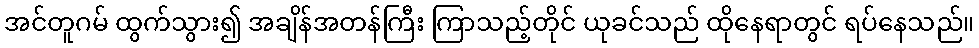
အင်တူဂမ် ထွက်သွား၍ အချိန်အတန်ကြီး ကြာသည့်တိုင် ယုခင်သည် ထိုနေရာတွင် ရပ်နေသည်။